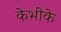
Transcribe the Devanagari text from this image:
केभीके